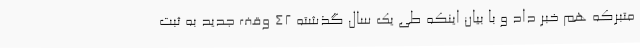
متبرکه هم خبر داد و با بیان اینکه طی یک سال گذشته 42 وقف جدید به ثبت